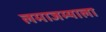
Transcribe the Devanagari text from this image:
लमाजम्याला